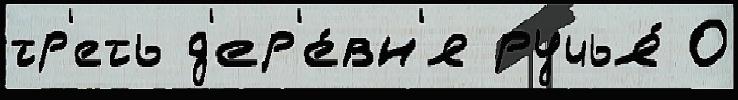
тр'еть д'ер'е́вн'я ручья́ О